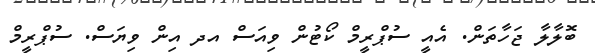
ބޮލާލާ ޖަހާތަން. އެއީ ސުޕްރީމް ކޯޓުން ވިއަސް އދ އިން ވިޔަސް. ސުޕްރީމް